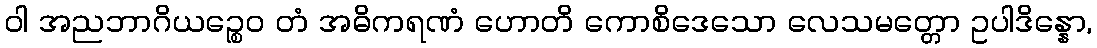
ဝါ အညဘာဂိယဉ္စေဝ တံ အဓိကရဏံ ဟောတိ ကောစိဒေသော လေသမတ္တော ဥပါဒိန္နော,